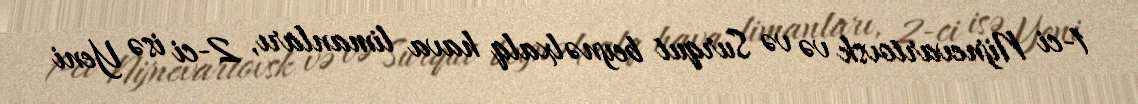
1-ci Nijnevartovsk və və Surqut beynəlxalq hava limanları, 2-ci isə Yeni